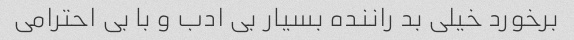
برخورد خیلی بد راننده بسیار بی ادب و با بی احترامی